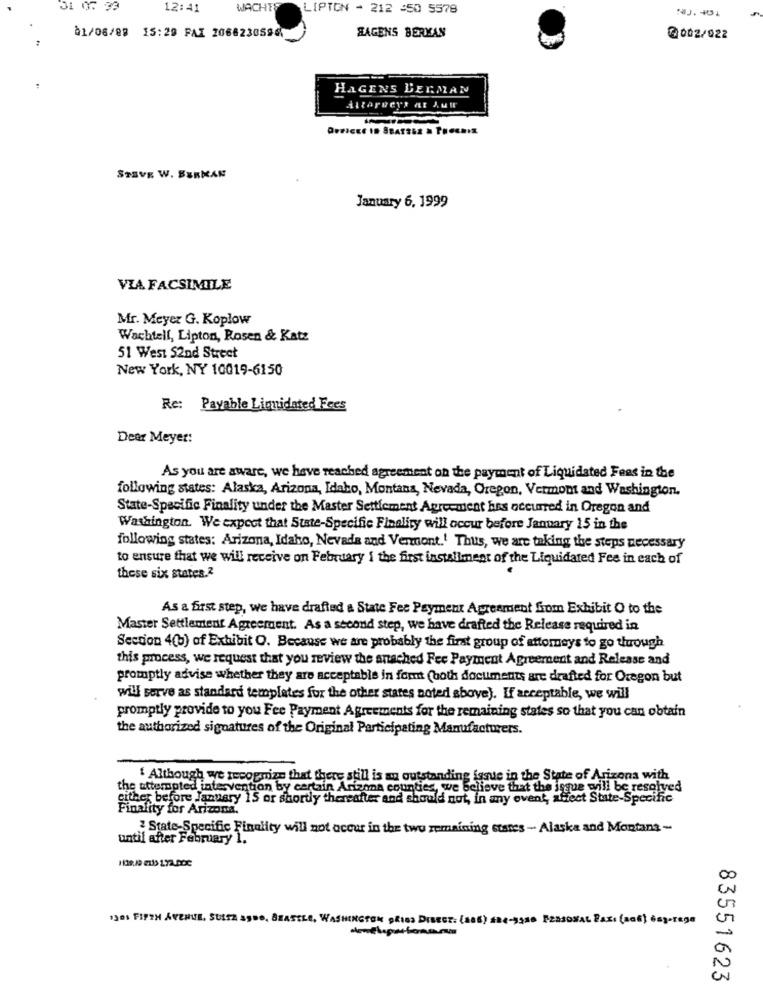
31 0: 39
12:41
WACHTE
LIPTON - 212 :50 5578
SAGENS BERKAN
:
à1/06/88 15:29 FAI 20682305961
@002/922
HAGENS BERMAN
STEVE W. BERKAN
January 6, 1999
VIA FACSIMILE
Mr. Meyer G. Koplow
Wachtell, Lipton, Rosen & Katz
51 West S2nd Street
New York, NY 10019-6150
Re: Payable Liquidated Fees
Dear Meyer:
As you are aware, we have reached agreement on the payment of Liquidated Feas in the
following states: Alaska, Arizona, Idaho, Montana, Nevada, Oregon, Vermont and Washington.
State-Specific Finality under the Master Settlement Agreement has occurred in Oregon and
Washington. We expect that State-Specific Finaliry will occur before January 15 in the
following states: Arizona, Idaho, Nevada and Vermont.' Thus, we are taking the steps necessary
to ensure that we will receive on February I the first installment of the Liquidated Fee in each of
these six states.2
As a first step, we have drafted a State Fee Payment Agreement from Exhibit O to the
Master Settlement Agreement. As a second step, we have drafted the Release required in
Section 4(b) of Exhibit O. Because we are probably the first group of attorneys to go through
this process, we request that you review the anached Fee Payment Agreement and Release and
promptly advise whether they are acceptable in fort (both documents are drafted for Oregon but
will serve as standard templates for the other states noted above). If acceptable, we will
promptly provide to you Fee Payment Agreements for the remaining states so that you can obtain
the authorized signatures of the Original Participating Manufacturers.
' Although we recognize that there still is an outstanding issue in the State of Arizona with
the attempted intervention by certain Arianna counties, we believe that the isque will be resolved
cither before January 15 or shortly thereafter and should not, in any event, affect State-Specific
Finality for Arizona.
? State-Specific Finality will not occur in the two remaining stares - Alaska and Montana -
until after February 1.
,201 FIFTH AVENUE, SULTE SEDO, BEASTLE, WASHINGTON GRISS DIRECT: {aaE) ane-3980 PERSONAL FAX: (NOS) EsporEDE
83551623